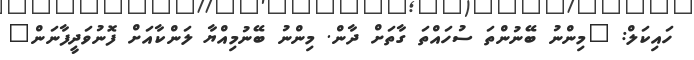
ހައިކަލް: "މިންނު ބޭނުންތަ ސުހައްތަ ގާތަށް ދާން. މިންނު ބޭނުމިއްޔާ ލަންކާއަށް ފޮނުވަދީފާނަން"